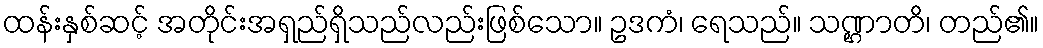
ထန်းနှစ်ဆင့် အတိုင်းအရှည်ရှိသည်လည်းဖြစ်သော။ ဥဒကံ၊ ရေသည်။ သဏ္ဌာတိ၊ တည်၏။